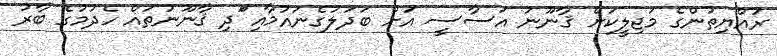
ރައްޔިތުންގެ މަޖިލީކަށް ޤާނޫނު އަސާސީ އަަށް ބަދަލުގެނައުމާއި ްަދި ޤާނޫނުތައް ހެދުމުގެ ބާރު